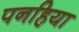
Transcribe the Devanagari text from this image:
पनहिया